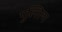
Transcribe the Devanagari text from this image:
पुल्लिन्ग